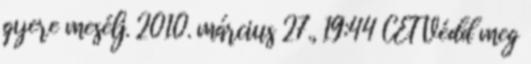
gyere mesélj. 2010. március 27., 19:44 CET Védd meg